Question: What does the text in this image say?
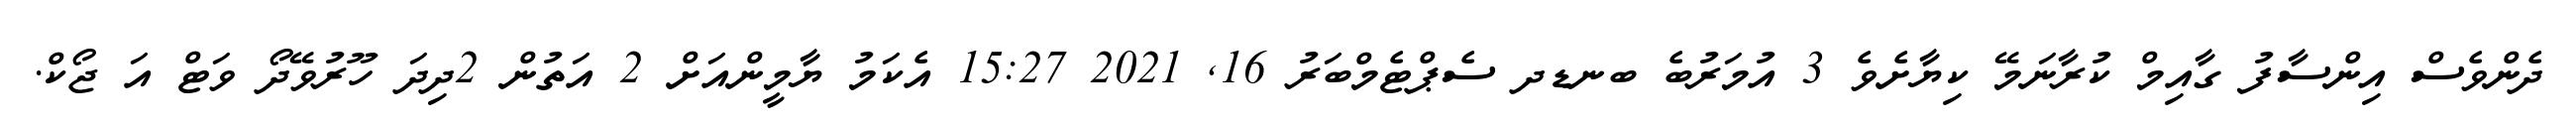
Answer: ދެންވެސް އިންސާފު ގާއިމް ކުރާނަމޭ ކިޔާށެވެ 3 އުމަރުބެ ބނޑދ ސެޕްޓެމްބަރު 16, 2021 15:27 އެކަމު ޔާމީންއަށް 2 އަތުން 2ދިދަ ހޫރުވޭދޯ ވަޓް އަ ޖޯކް.